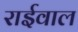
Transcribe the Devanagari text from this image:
राईवाल